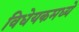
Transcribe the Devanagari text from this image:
विधेयकमध्ये